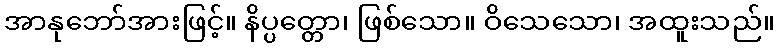
အာနုဘော်အားဖြင့်။ နိပ္ပတ္တော၊ ဖြစ်သော။ ဝိသေသော၊ အထူးသည်။